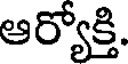
ఆర్యోక్తి.